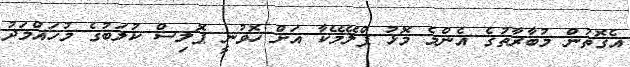
އެގޮތުން މުބާރާތުގެ އެންމެ މޮޅު ޕްލޭމޭކާ އަށް ހޮވުނީ ޕޮލިސް ކުލަބުގެ މުހައްމަދު